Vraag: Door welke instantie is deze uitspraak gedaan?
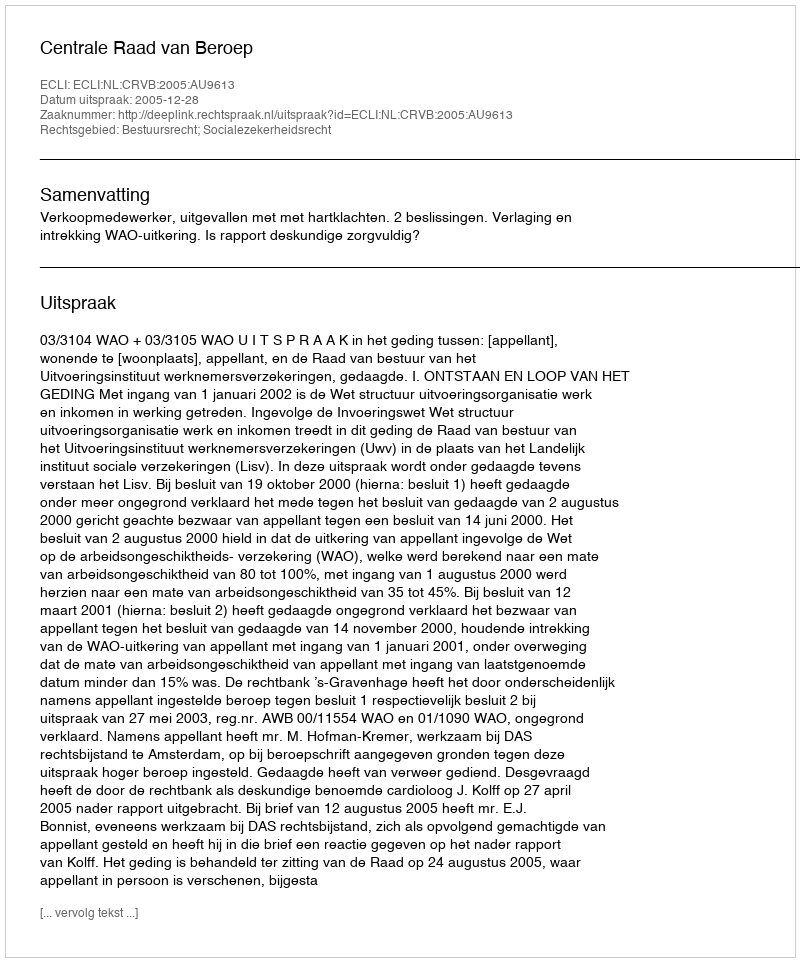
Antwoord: Centrale Raad van Beroep